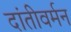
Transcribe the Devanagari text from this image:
दांतीवर्मन